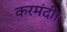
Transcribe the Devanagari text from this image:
करमंदी।